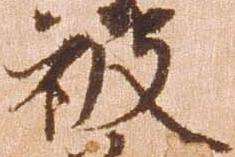
被